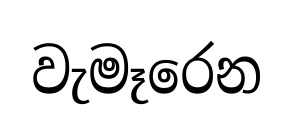
වැමෑරෙන